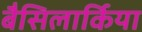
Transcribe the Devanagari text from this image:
बैसिलार्किया